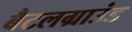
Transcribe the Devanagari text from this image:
बैटलग्राउंड